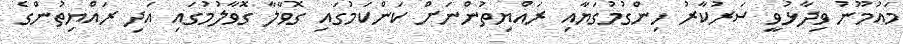
މައުމޫނު ވިދާޅުވީ ސަރުކާރު ހިންގުމުގަޔާއި ރައްޔިތުންނަށް ކަންކަމުގައި ގޮވާލާ ގޮވާލުމުގައި އަދި ރައްޔިތުންގެ